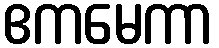
ဧကမေကာ